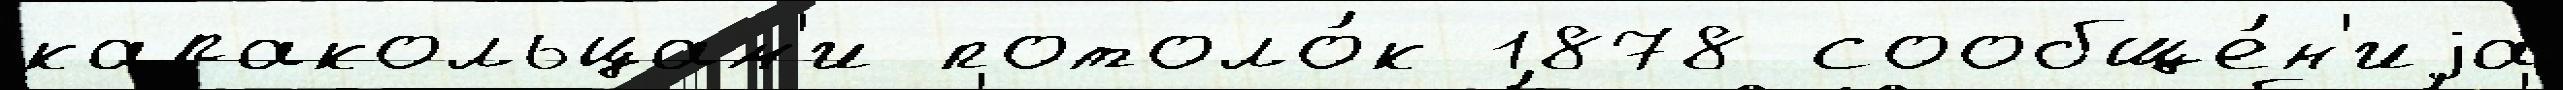
каракольцам'и потоло́к 1878 сообще́н'иjа